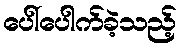
ပေါ်ပေါက်ခဲ့သည့်